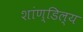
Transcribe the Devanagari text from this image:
शांण्डिल्य